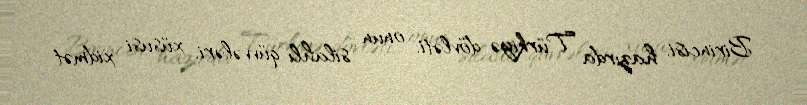
Birincisi, hazırda Türkiyə dövləti, onun silahlı qüvvələri, xüsusi xidmət